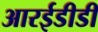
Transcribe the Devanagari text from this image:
आरईडीडी